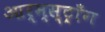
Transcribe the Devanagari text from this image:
आर्म्स्ट्राँग